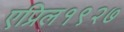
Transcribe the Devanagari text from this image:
एप्रिल१९२७